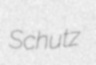
Schutz